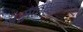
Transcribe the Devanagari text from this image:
असंलक्ष्यक्रमव्यङ्ग्य